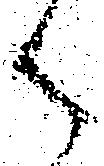
御